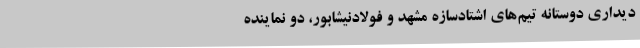
دیداری دوستانه تیم‌های اشتادسازه مشهد و فولادنیشابور، دو نماینده